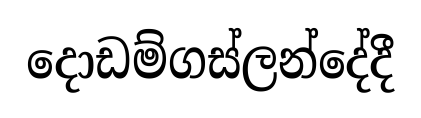
දොඩම්ගස්ලන්දේදී